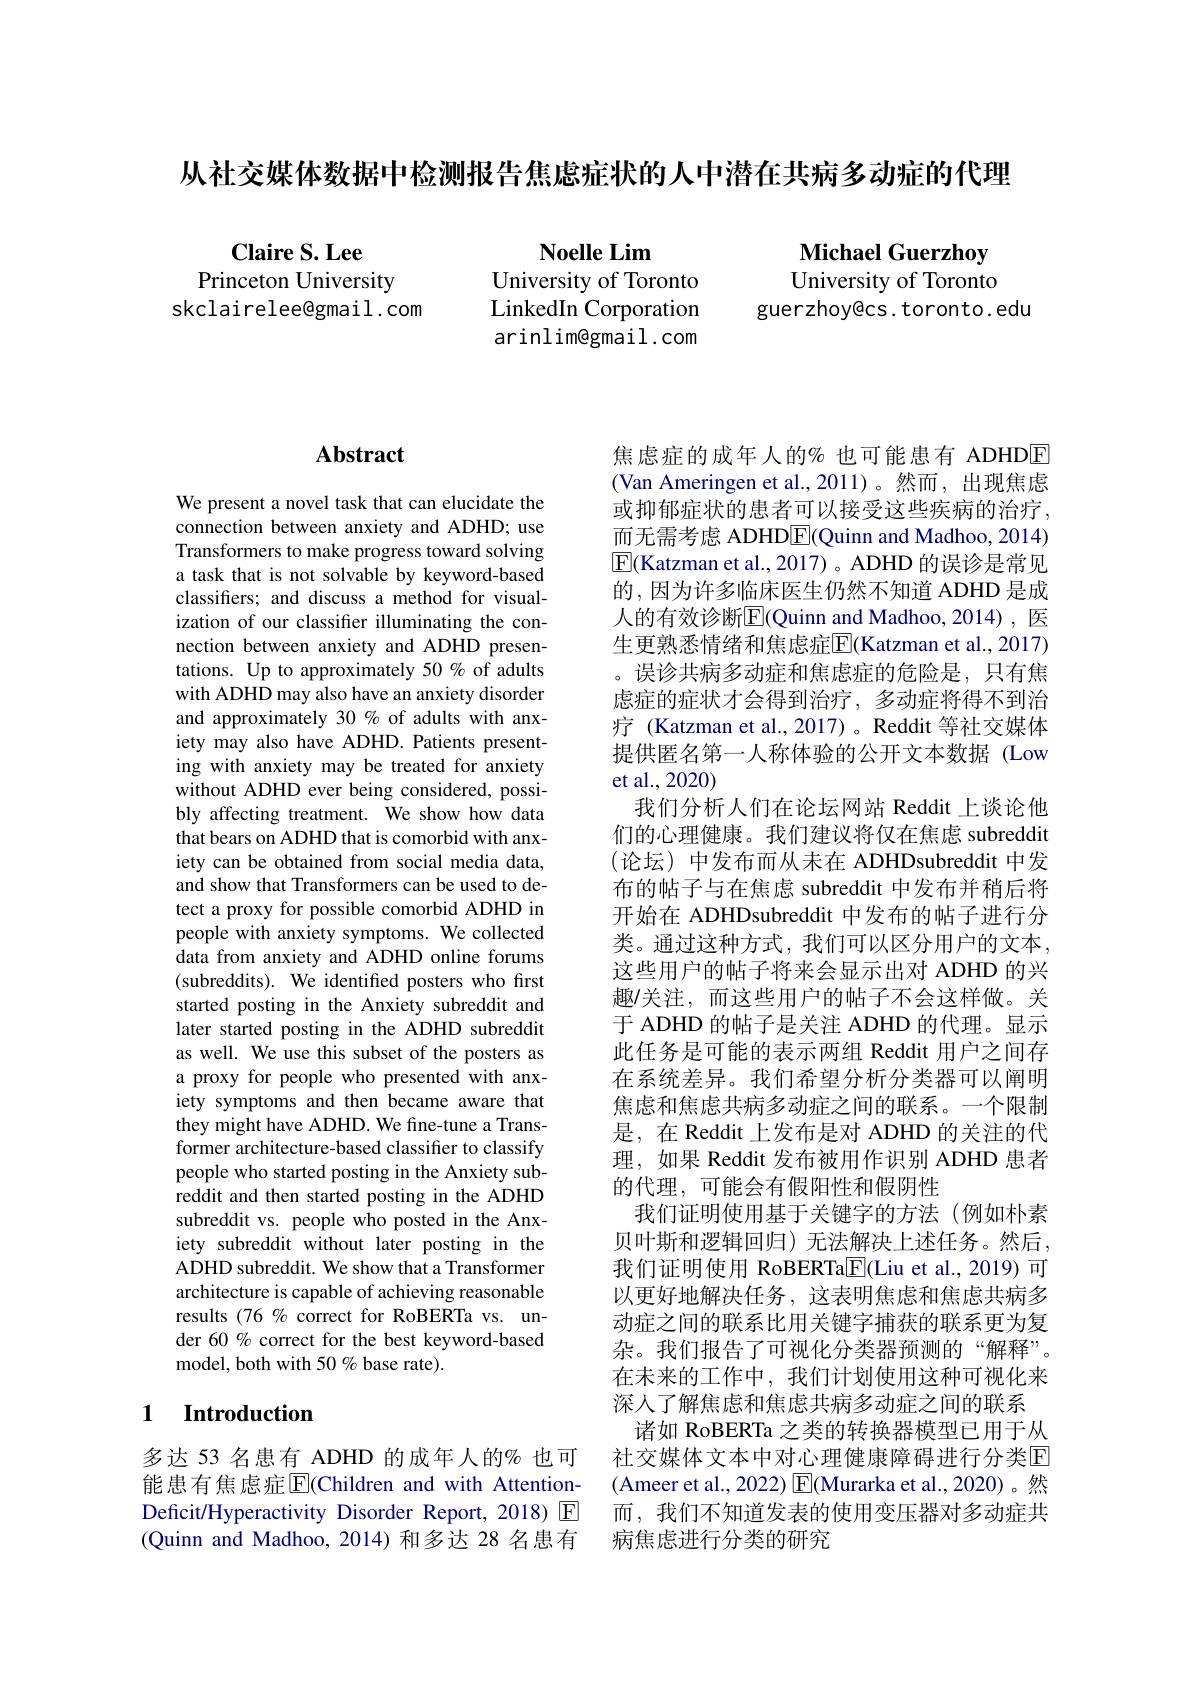
从社交媒体数据中检测报告焦虑症状的人中潜在共病多动症的代理

Claire S. Lee
Princeton University
skclairelee@gmail.com

Noelle Lim
University of Toronto LinkedIn Corporation arinlim@gmail.com

Michael Guerzhoy University of Toronto

guerzhoy@cs. toronto. edu

# Abstract

We present a novel task that can elucidate the connection between anxiety and ADHD; use Transformers to make progress toward solving a task that is not solvable by keyword-based classifers; and discuss a method for visualization of our classifier illuminating the connection between anxiety and ADHD presentations. Up to approximately 50% of adults with ADHD may also have an anxiety disorder and approximately 30 % of adults with anxiety may also have ADHD. Patients presenting with anxiety may be treated for anxiety without ADHD ever being considered, possibly affecting treatment. We show how data that bears on ADHD that is comorbid with anxiety can be obtained from social media data, and show that Transformers can be used to detect a proxy for possible comorbid ADHD in people with anxiety symptoms. We collected data from anxiety and ADHD online forums (subreddits). We identified posters who first started posting in the Anxiety subreddit and later started posting in the ADHD subreddit as well. We use this subset of the posters as a proxy for people who presented with anxiety symptoms and then became aware that they might have ADHD. We fine-tune a Transformer architecture-based classifier to classify people who started posting in the Anxiety subreddit and then started posting in the ADHD subreddit vs. people who posted in the Anxiety subreddit without later posting in the ADHD subreddit. We show that a Transformer architecture is capable of achieving reasonable results (76 % correct for RoBERTa vs. under 60% correct for the best keyword-based model, both with 50% base rate).

### 1 $\textbf{Introduction}$

多达 53 名患有 ADHD 的成年人的% 也可能患有焦虑症$\overline{\mathrm{E}}$(Children and with AttentionDeficit/Hyperactivity Disorder Report,2018) $\color{red}{\mathrm{E}}$ (Quinn and Madhoo, 2014) 和多达 28 名患有

焦虑症的成年人的%也可能患有 ADHDE (Van Ameringen et al.,2011)。然而，出现焦虑或抑郁症状的患者可以接受这些疾病的治疗， 而无需考虑 ADHD$\underline{\mathrm{E}}($Quinn and Madhoo, 2014) $\boxed{\mathrm{E}}($Katzman et al.,2017) 。ADHD 的误诊是常见的，因为许多临床医生仍然不知道 ADHD 是成人的有效诊断$\mathbb{E}($Quinn and Madhoo,2014),\:医生更熟悉情绪和焦虑症$\overline{\mathrm{E}}($Katzman et al., 2017) 。误诊共病多动症和焦虑症的危险是，只有焦虑症的症状才会得到治疗，多动症将得不到治疗 (Katzman et al.,2017)。Reddit 等社交媒体提供匿名第一人称体验的公开文本数据(Low et al.,2020)
我们分析人们在论坛网站 Reddit 上谈论他们的心理健康。我们建议将仅在焦虑 subreddit (论坛)中发布而从未在 ADHDsubreddit 中发布的帖子与在焦虑 subreddit 中发布并稍后将开始在 ADHDsubreddit 中发布的帖子进行分类。通过这种方式，我们可以区分用户的文本， 这些用户的帖子将来会显示出对 ADHD 的兴趣/关注，而这些用户的帖子不会这样做。关于 ADHD 的帖子是关注 ADHD 的代理。显示此任务是可能的表示两组 Reddit 用户之间存在系统差异。我们希望分析分类器可以阐明焦虑和焦虑共病多动症之间的联系。一个限制是，在 Reddit 上发布是对 ADHD 的关注的代理，如果 Reddit 发布被用作识别 ADHD 患者的代理，可能会有假阳性和假阴性
我们证明使用基于关键字的方法(例如朴素贝叶斯和逻辑回归)无法解决上述任务。然后， 我们证明使用 RoBERTa$\boxed{\mathrm{F}}($Liu et al.,2019)可以更好地解决任务，这表明焦虑和焦虑共病多动症之间的联系比用关键字捕获的联系更为复杂。我们报告了可视化分类器预测的“解释”。在未来的工作中，我们计划使用这种可视化来深人了解焦虑和焦虑共病多动症之间的联系
诸如 RoBERTa 之类的转换器模型已用于从社交媒体文本中对心理健康障碍进行分类E (Ameer et al., 2022) $\operatorname{E}($Murarka et al., 2020)。然而，我们不知道发表的使用变压器对多动症共病焦虑进行分类的研究